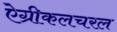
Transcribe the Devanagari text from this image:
ऐग्रीकलचरल